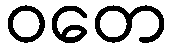
ဝတေ